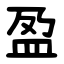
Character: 盈